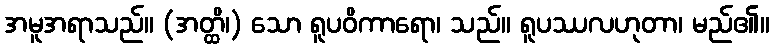
အမူအရာသည်။ (အတ္ထိ၊) သော ရူပဝိကာရော၊ သည်။ ရူပဿလဟုတာ၊ မည်၏။